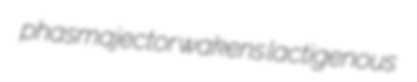
phasmajector wakens lactigenous